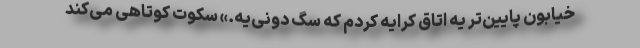
خیابون پایین‌تر یه اتاق کرایه کردم که سگ دونی‌یه.» سکوت کوتاهی می‌کند